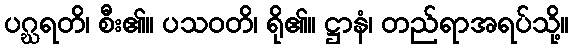
ပဂ္ဃရတိ၊ စီး၏။ ပသဝတိ၊ ရို၏။ ဋ္ဌာနံ၊ တည်ရာအရပ်သို့။